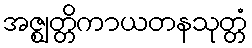
အဇ္ဈတ္တိကာယတနသုတ္တံ